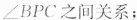
∠BPC之间关系；